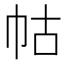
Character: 𭘖